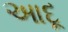
આદૂ